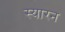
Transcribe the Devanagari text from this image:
स्यारन